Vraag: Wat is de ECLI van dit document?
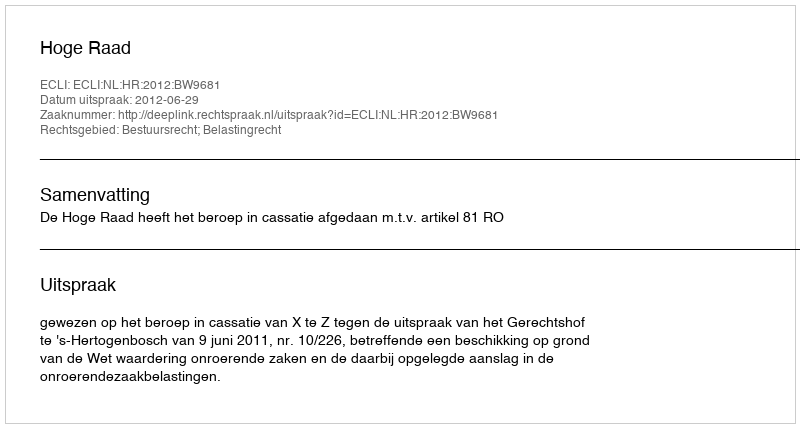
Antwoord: ECLI:NL:HR:2012:BW9681